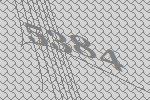
5384